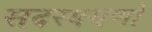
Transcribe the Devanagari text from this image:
सदस्यगणों